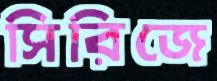
সিরিজে